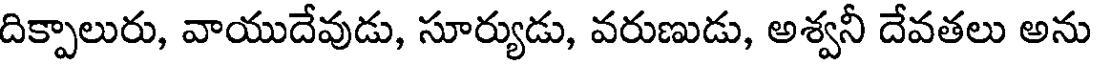
దిక్పాలురు, వాయుదేవుడు, సూర్యుడు, వరుణుడు, అశ్వనీ దేవతలు అను